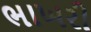
ભાખરી